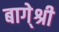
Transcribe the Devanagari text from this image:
बागे्श्री